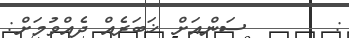
:       ސަންއަށް ޚަބަރެއް ދެއްވުމަށް: